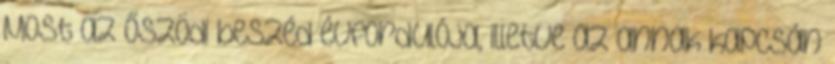
Most az őszödi beszéd évfordulója, illetve az annak kapcsán